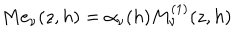
LaTeX: M e _ { \nu } ( z , h ) = \alpha _ { \nu } ( h ) M _ { \nu } ^ { ( 1 ) } ( z , h )